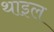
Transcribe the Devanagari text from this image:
थाइल